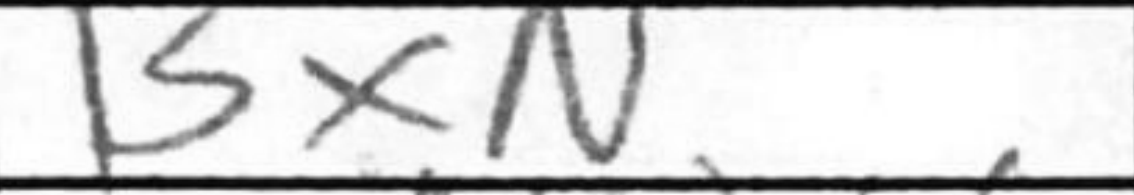
Transcription: BxN